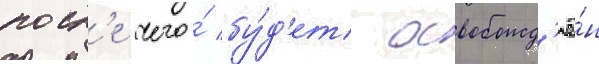
посл'е чего́ бу́д'ет освобожд'ё́н